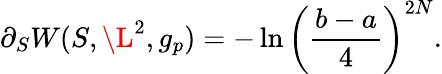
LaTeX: \partial_{S}W(S,\L^{2},g_{p})=-\ln\left({\frac{b-a}{4}}\right)^{2N}.